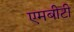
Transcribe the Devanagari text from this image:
एमबीटी